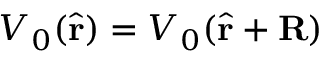
V _ { 0 } ( \hat { \mathbf { r } } ) = V _ { 0 } ( \hat { \mathbf { r } } + \mathbf { R } )